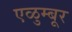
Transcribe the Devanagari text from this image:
एळुम्बूर